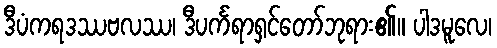
ဒီပံကရဒဿဗလဿ၊ ဒီပင်္ကရာရှင်တော်ဘုရား၏။ ပါဒမူလေ၊